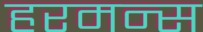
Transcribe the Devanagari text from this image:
हरमन्स